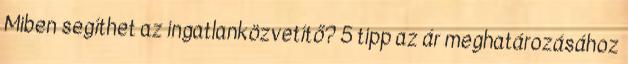
Miben segíthet az ingatlanközvetítő? 5 tipp az ár meghatározásához